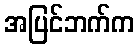
အပြင်ဘက်က